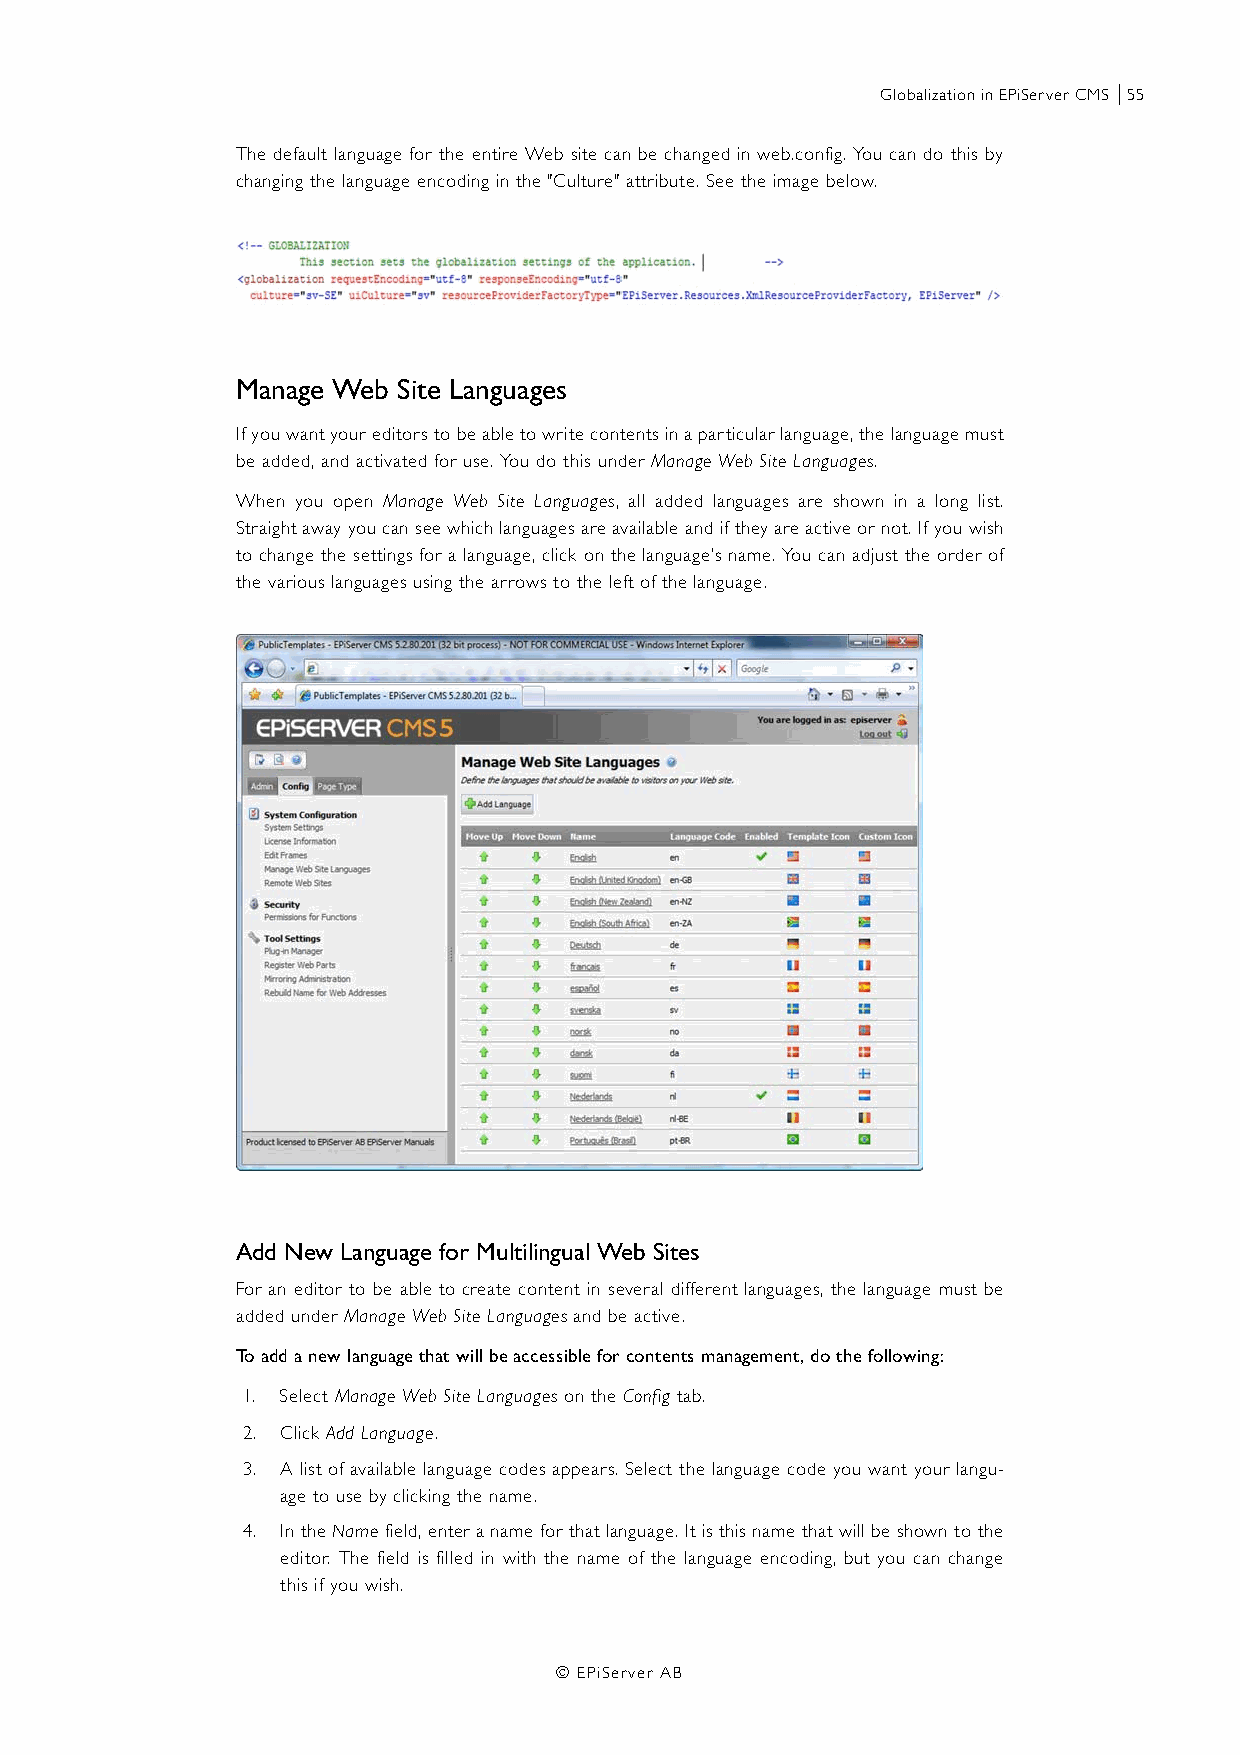
Globalization in EPiServer CMS |55
 The default language for the entire Web site can be changed in web.config. You can do this by
 changing the language encoding in the "Culture" attribute. See the image below.
 Manage Web Site Languages
 If you want your editors to be able to write contents in a particular language, the language must
 be added, and activated for use. You do this under Manage Web Site Languages.
 When you open Manage Web Site Languages, all added languages are shown in a long list.
 Straight away you can see which languages are available and if they are active or not. If you wish
 to change the settings for a language, click on the language’s name. You can adjust the order of
 the various languages using the arrows to the left of the language.
 Add New Language for Multilingual Web Sites
 For an editor to be able to create content in several different languages, the language must be
 added under Manage Web Site Languages and be active.
 To add a new language that will be accessible for contents management, do the following:
 1. Select Manage Web Site Languages on the Config tab.
 2. Click Add Language.
 3. A list of available language codes appears. Select the language code you want your langu-
 age to use by clicking the name.
 4. In the Name field, enter a name for that language. It is this name that will be shown to the
 editor. The field is filled in with the name of the language encoding, but you can change
 this if you wish.
 © EPiServer AB